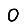
Digit: 0